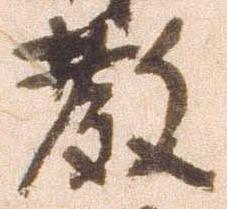
教